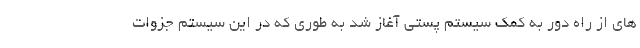
های از راه دور به کمک سیستم پستی آغاز شد به طوری که در این سیستم جزوات